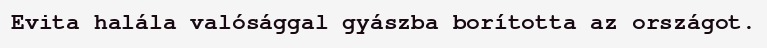
Evita halála valósággal gyászba borította az országot.